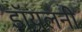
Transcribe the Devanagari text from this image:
डॉयलनी